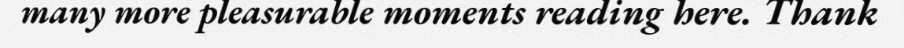
many more pleasurable moments reading here. Thank